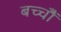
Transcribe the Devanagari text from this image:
बच्चोेैं